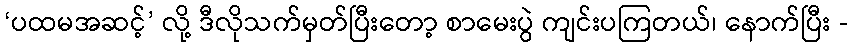
‘ပထမအဆင့်’ လို့ ဒီလိုသက်မှတ်ပြီးတော့ စာမေးပွဲ ကျင်းပကြတယ်၊ နောက်ပြီး -